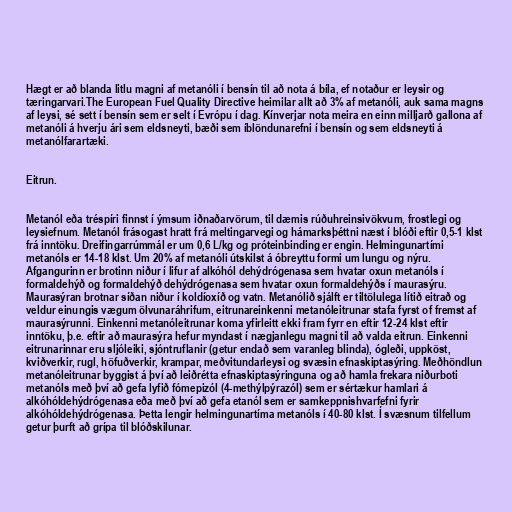
Hægt er að blanda litlu magni af metanóli í bensín til að nota á bíla, ef notaður er leysir og
tæringarvari.The European Fuel Quality Directive heimilar allt að 3% af metanóli, auk sama magns
af leysi, sé sett í bensín sem er selt í Evrópu í dag. Kínverjar nota meira en einn milljarð gallona af
metanóli á hverju ári sem eldsneyti, bæði sem íblöndunarefni í bensín og sem eldsneyti á
metanólfarartæki.

Eitrun.

Metanól eða tréspíri finnst í ýmsum iðnaðarvörum, til dæmis rúðuhreinsivökvum, frostlegi og
leysiefnum. Metanól frásogast hratt frá meltingarvegi og hámarksþéttni næst í blóði eftir 0,5-1 klst
frá inntöku. Dreifingarrúmmál er um 0,6 L/kg og próteinbinding er engin. Helmingunartími
metanóls er 14-18 klst. Um 20% af metanóli útskilst á óbreyttu formi um lungu og nýru.
Afgangurinn er brotinn niður í lifur af alkóhól dehýdrógenasa sem hvatar oxun metanóls í
formaldehýð og formaldehýð dehýdrógenasa sem hvatar oxun formaldehýðs í maurasýru.
Maurasýran brotnar síðan niður í koldíoxíð og vatn. Metanólið sjálft er tiltölulega lítið eitrað og
veldur einungis vægum ölvunaráhrifum, eitrunareinkenni metanóleitrunar stafa fyrst of fremst af
maurasýrunni. Einkenni metanóleitrunar koma yfirleitt ekki fram fyrr en eftir 12-24 klst eftir
inntöku, þ.e. eftir að maurasýra hefur myndast í nægjanlegu magni til að valda eitrun. Einkenni
eitrunarinnar eru sljóleiki, sjóntruflanir (getur endað sem varanleg blinda), ógleði, uppköst,
kviðverkir, rugl, höfuðverkir, krampar, meðvitundarleysi og svæsin efnaskiptasýring. Meðhöndlun
metanóleitrunar byggist á því að leiðrétta efnaskiptasýringuna og að hamla frekara niðurboti
metanóls með því að gefa lyfið fómepizól (4-methýlpýrazól) sem er sértækur hamlari á
alkóhóldehýdrógenasa eða með því að gefa etanól sem er samkeppnishvarfefni fyrir
alkóhóldehýdrógenasa. Þetta lengir helmingunartíma metanóls í 40-80 klst. Í svæsnum tilfellum
getur þurft að grípa til blóðskilunar.